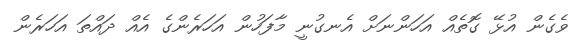
ވެގެން އުޅޭ ގޮތެއް އަހަންނަށް އެނގުނީ މާފަހުން އަހަރެންގެ އެއް ދައްތަ އަހަރެން